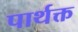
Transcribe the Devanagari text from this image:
पार्थक्त